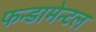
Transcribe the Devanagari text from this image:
फन्डामेन्टल